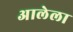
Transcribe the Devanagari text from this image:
अालेला